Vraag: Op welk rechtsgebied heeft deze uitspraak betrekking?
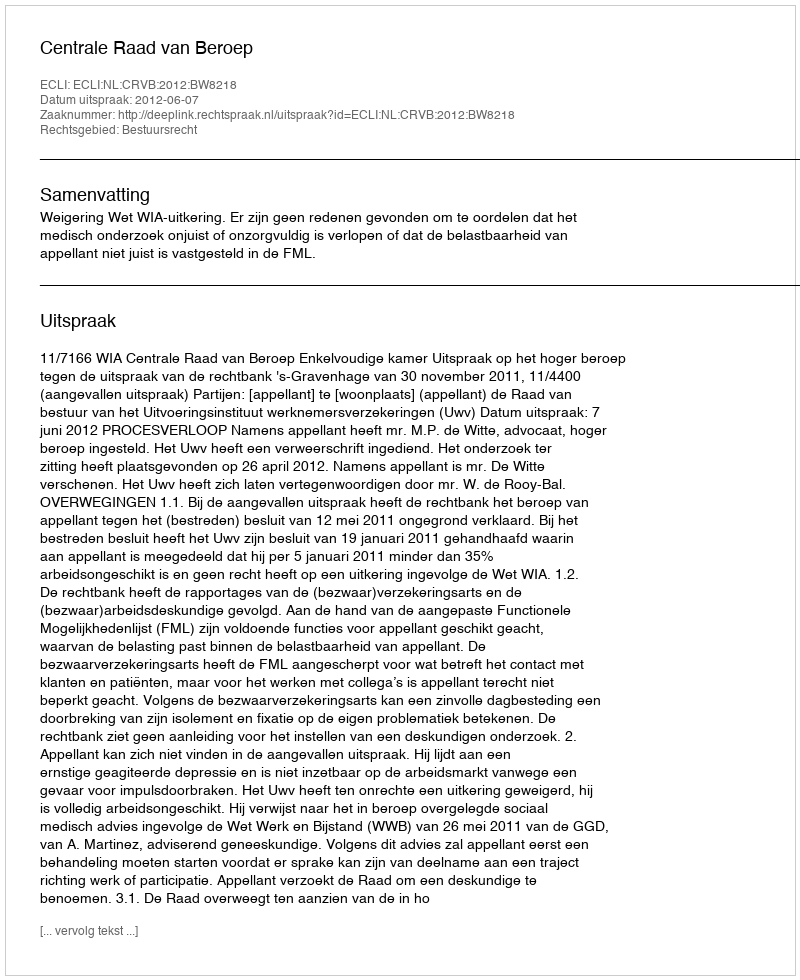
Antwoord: Bestuursrecht